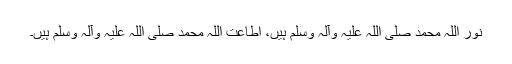
نور اللہ محمد صلی اللہ علیہ وآلہ وسلم ہیں، اطاعت اللہ محمد صلی اللہ علیہ وآلہ وسلم ہیں۔